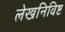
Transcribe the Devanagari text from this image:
लेखनिविष्ट